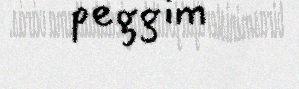
peggim